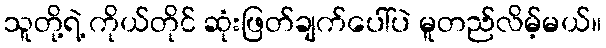
သူတို့ရဲ့ ကိုယ်တိုင် ဆုံးဖြတ်ချက်ပေါ်ပဲ မူတည်လိမ့်မယ်။